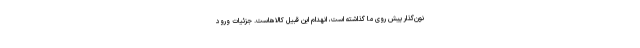
نون‌گذار پیش روی ما گذاشته است، انهدام این قبیل کالاهاست. جزئیات ورود